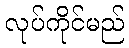
လုပ်ကိုင်မည်